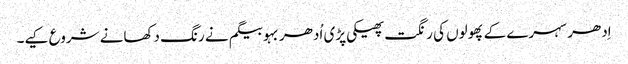
اِدھر سہرے کے پھولوں کی رنگت پھیکی پڑی اُدھر بہو بیگم نے رنگ دکھانے شروع کیے۔